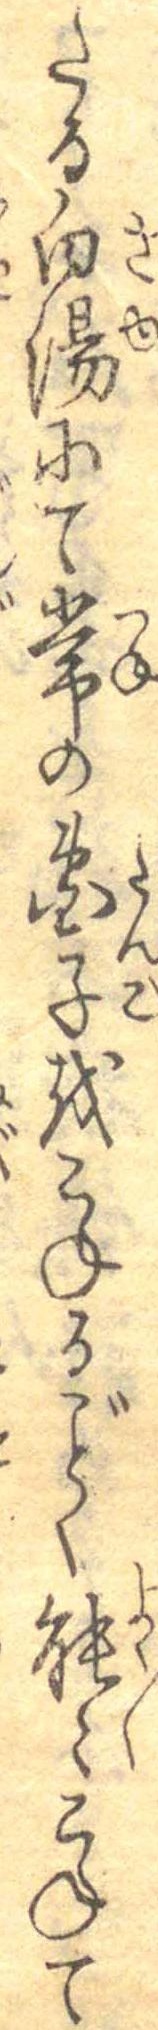
たる白湯にて常の団子をこねるごとく能々こねて